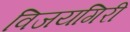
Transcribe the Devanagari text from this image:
विजयगिरी